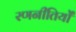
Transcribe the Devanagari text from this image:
रणनीतियोँ